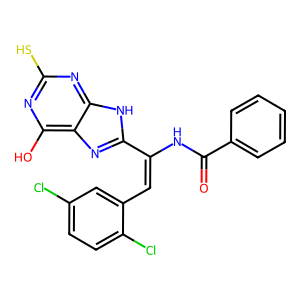
SMILES: O=C(NC(=Cc1cc(Cl)ccc1Cl)c1nc2c(O)nc(S)nc2[nH]1)c1ccccc1
Inhibits HIV replication: No